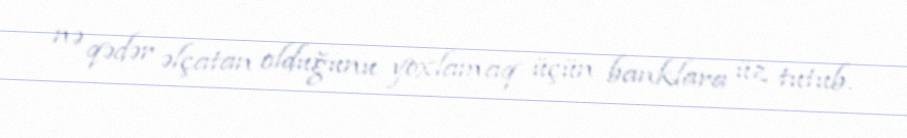
nə qədər əlçatan olduğunu yoxlamaq üçün banklara üz tutub.